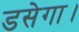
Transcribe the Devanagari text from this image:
डसेगा।